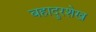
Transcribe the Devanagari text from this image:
बहादुरशेख